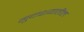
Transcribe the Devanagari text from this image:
गुदाशयातील